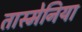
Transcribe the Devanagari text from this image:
तास्मेनिया